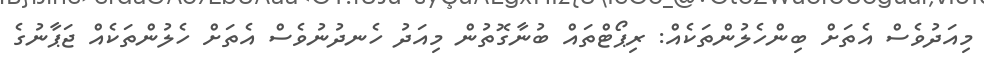
މިއަދުވެސް އެތަށް ބިންހެލުންތަކެއް: ރިޕޯޓްތައް ބުނާގޮތުން މިއަދު ހެނދުނުވެސް އެތަށް ހެލުންތަކެއް ޖަޕާނުގެ